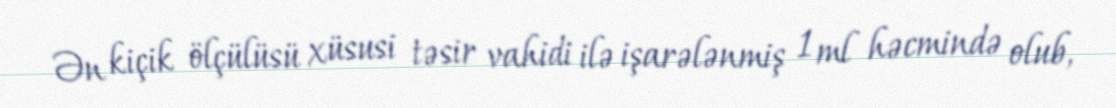
Ən kiçik ölçülüsü xüsusi təsir vahidi ilə işarələnmiş 1 ml həcmində olub,